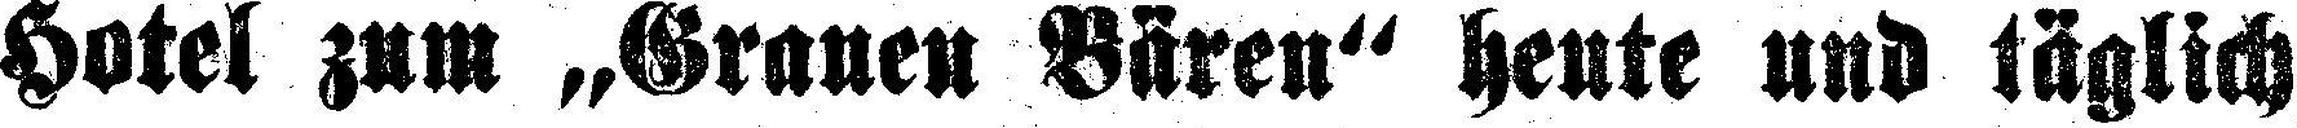
Hotel zum „Granen Bären“ heute und täglich